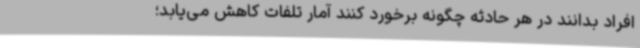
افراد بدانند در هر حادثه چگونه برخورد کنند آمار تلفات کاهش می‌یابد؛